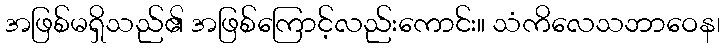
အဖြစ်မရှိသည်၏ အဖြစ်ကြောင့်လည်းကောင်း။ သံကိလေသဘာဝေန၊